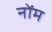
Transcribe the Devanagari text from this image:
नोंम